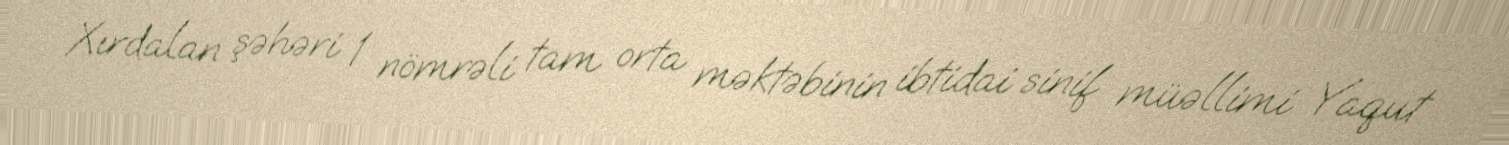
Xırdalan şəhəri 1 nömrəli tam orta məktəbinin ibtidai sinif müəllimi Yaqut